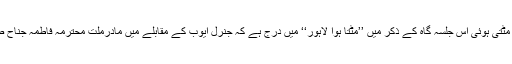
موچی کی اجڑی اور مٹتی ہوئی اس جلسہ گاہ کے ذکر میں ’’مٹتا ہوا لاہور‘‘ میں درج ہے کہ جنرل ایوب کے مقابلے میں مادرملت محترمہ فاطمہ جناحؒ صدارتی امیدوار تھیں۔